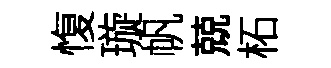
愎璇帆兢柘